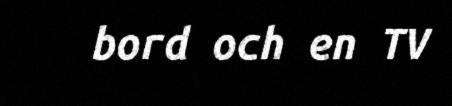
bord och en TV